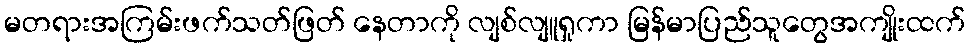
မတရားအကြမ်းဖက်သတ်ဖြတ် နေတာကို လျစ်လျူရှုကာ မြန်မာပြည်သူတွေအကျိုးထက်